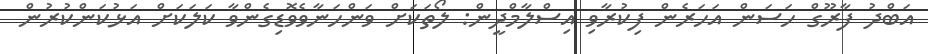
އަބްދު ފާރޫގް ހަސަން އަހަރެން ފިކުރާވި އިސްލާމްދީން: ލޯތަކަށް ވަންހަނާވެވޮޑިގެންވާ ކަލަކަށް އަޅުކަންކުރުން